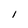
Character: I